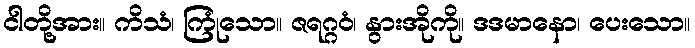
ငါတို့အား။ ကိသံ၊ ကြုံသော။ ဇရဂ္ဂဝံ၊ နွားအိုကို။ ဒဒမာနော၊ ပေးသော။